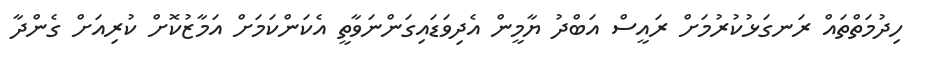
ހިދުމަތްތައް ރަނގަޅުކުރުމަށް ރައީސް އަބްދު ޔާމީން އެދިވަޑައިގަންނަވާތީ އެކަންކަމަށް އަމާޒުކޮށް ކުރިއަށް ގެންދާ